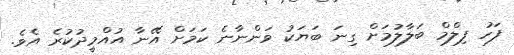
ފަހު ފިލްމް ބަލާލުމަށް ގިނަ ބަޔަކު ވަންނާނެ ކަމަށް އޭނާ އުއްމީދުކުރެ އެވެ.